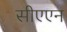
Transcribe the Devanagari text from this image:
सीएएन